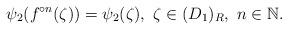
LaTeX: \begin{align*}\psi _{2}( f^{\circ n}(\zeta )) = \psi _{2}(\zeta ), \ \zeta\in (D_1)_R,\ n\in \mathbb{N}.\end{align*}